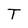
Character: T